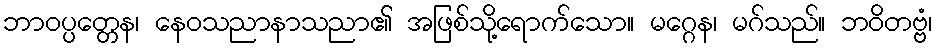
ဘာဝပ္ပတ္တေန၊ နေဝသညာနာသညာ၏ အဖြစ်သို့ရောက်သော။ မဂ္ဂေန၊ မဂ်သည်။ ဘဝိတဗ္ဗံ၊